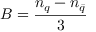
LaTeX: B = { \frac { n _ { q } - n _ { \bar { q } } } { 3 } }